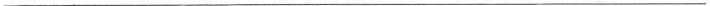
___